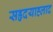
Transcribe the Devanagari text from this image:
सहृदयाह्लाद